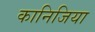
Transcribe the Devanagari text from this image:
कानिजिया